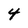
Character: 4